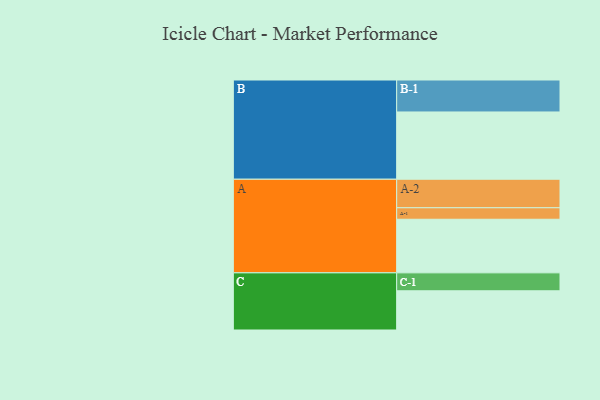
{"axis": {"x": "Segment", "y": "Value"}, "legend": ["", "A", "B", "C"], "data": [{"x": "A", "y": 466, "type": ""}, {"x": "B", "y": 585, "type": ""}, {"x": "C", "y": 341, "type": ""}, {"x": "A-1", "y": 100, "type": "A"}, {"x": "A-2", "y": 248, "type": "A"}, {"x": "B-1", "y": 278, "type": "B"}, {"x": "C-1", "y": 156, "type": "C"}]}